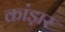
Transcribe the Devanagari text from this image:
कांड़ार